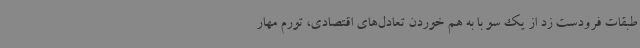
طبقات فرودست زد از یک سو با به هم خوردن تعادل‌های اقتصادی، تورم مهار